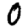
Digit: 0